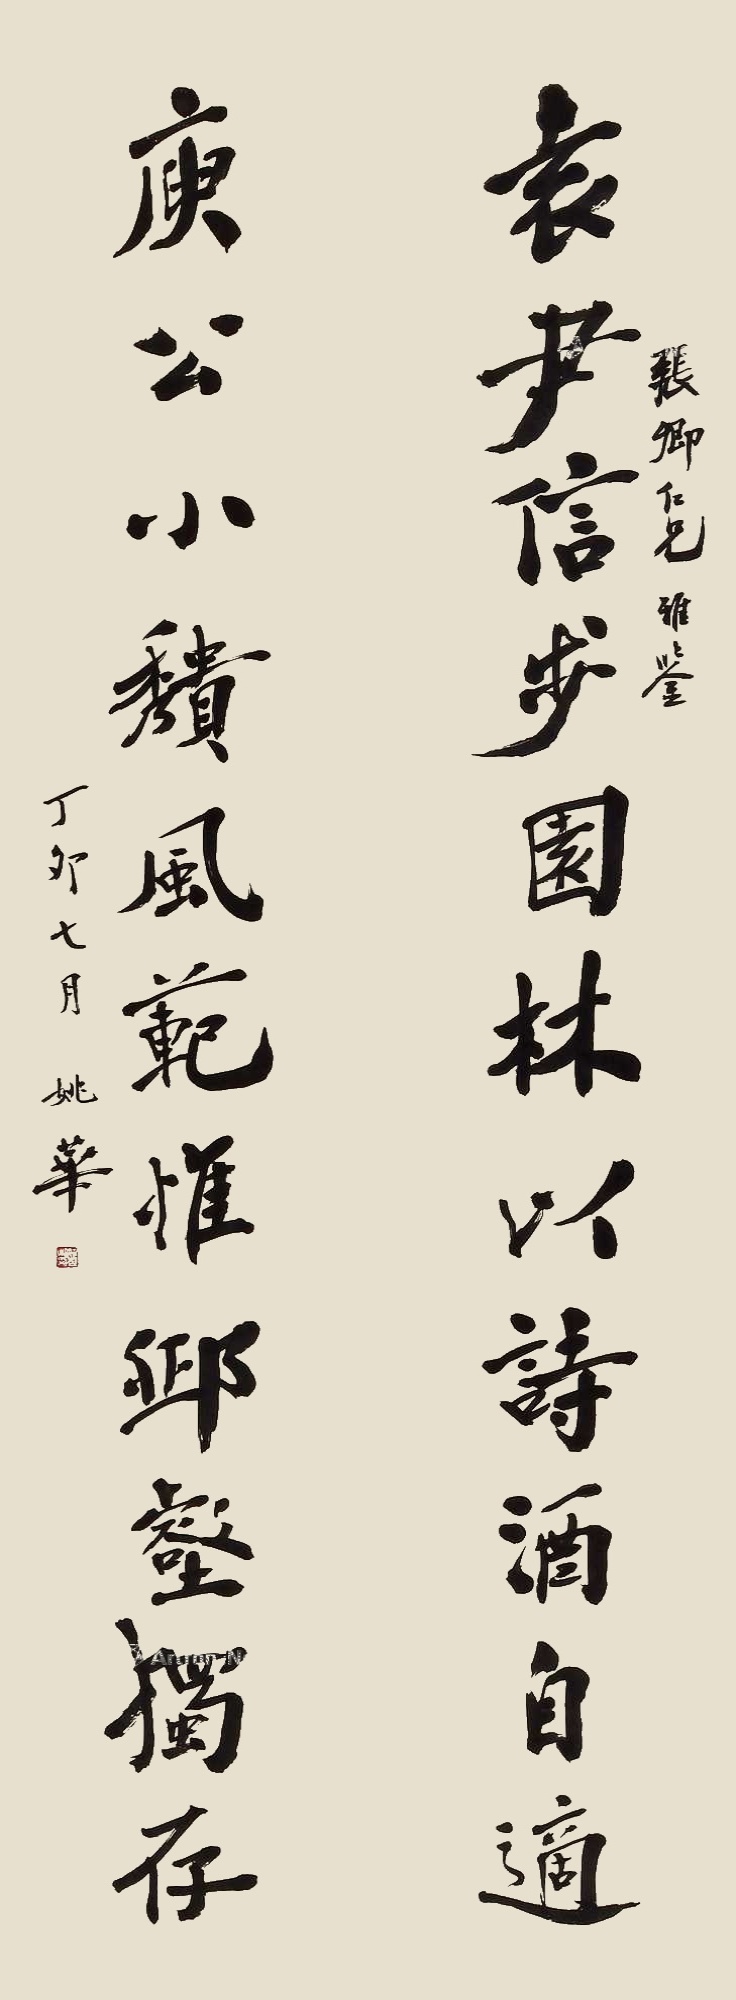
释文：袁尹信步园林以诗酒自适，庾公小遗风范惟丘壑独存。张卿仁兄雅鉴，丁卯七月，姚华。